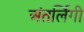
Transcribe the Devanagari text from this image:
अंतर्लिंगी